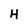
Character: H